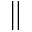
\parallel